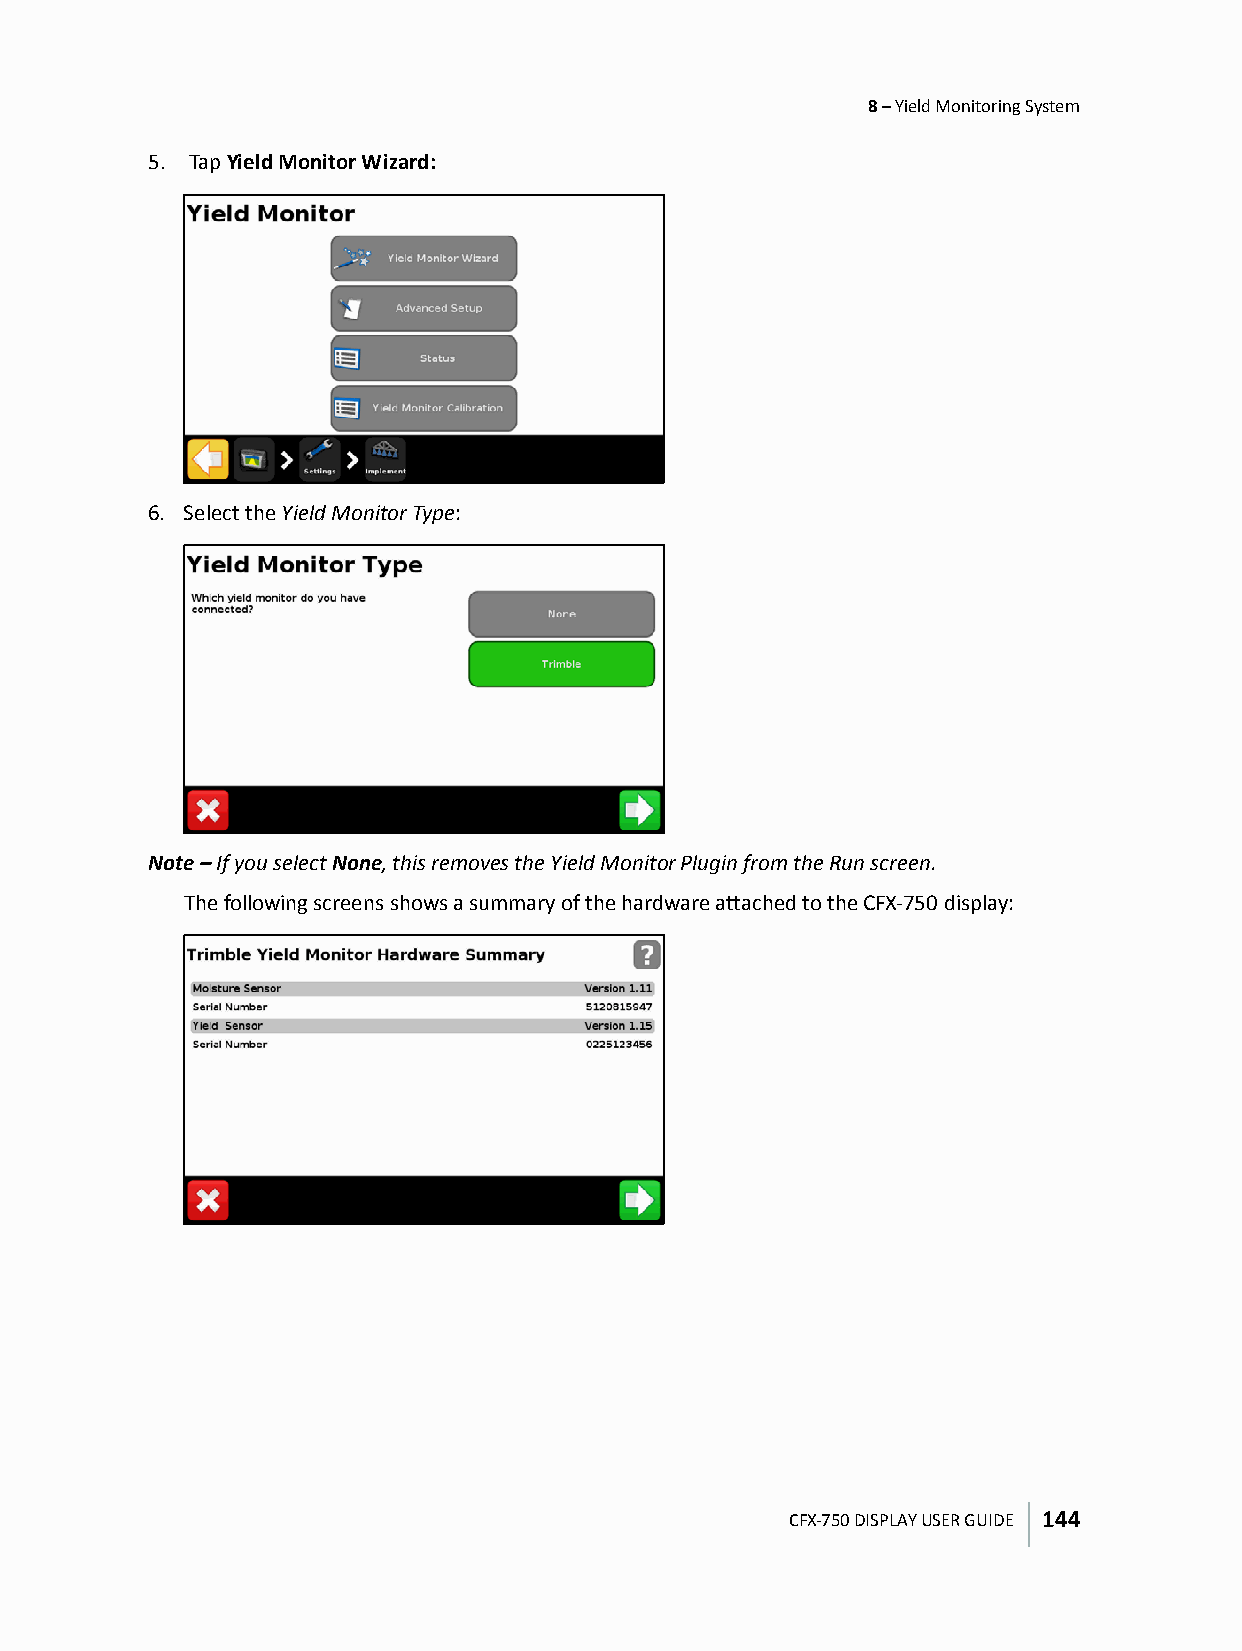
8 – Yield Monitoring System
 5. Tap Yield Monitor Wizard:
 6. Select the Yield Monitor Type:
 Note – If you select None, this removes the Yield Monitor Plugin from the Run screen.
 The following screens shows a summary of the hardware attached to the CFX-750 display:
 CFX-750 DISPLAY USER GUIDE 144